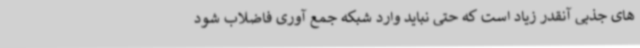
های جذبی آنقدر زیاد است که حتی نباید وارد شبکه جمع آوری فاضلاب شود